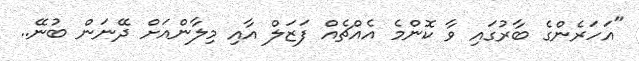
"އަހަރެންގެ ބާރުގައި ވާ ކޮންމެ އެއްޗެއް ފަޒަލް އާއި މިލާންއަށް ދޭނަން ބުނޭ..